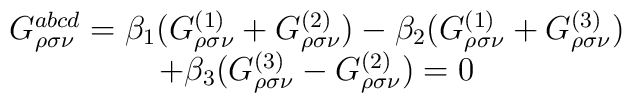
\begin{array}{c}G_{\rho \sigma \nu }^{abcd}=\beta _1(G_{\rho \sigma \nu }^{(1)}+G_{\rho\sigma \nu }^{(2)})-\beta _2(G_{\rho \sigma \nu }^{(1)}+G_{\rho \sigma \nu}^{(3)}) \\ +\beta _3(G_{\rho \sigma \nu }^{(3)}-G_{\rho \sigma \nu }^{(2)})=0\end{array}